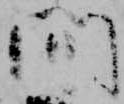
間